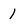
Character: 1